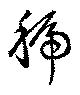
号